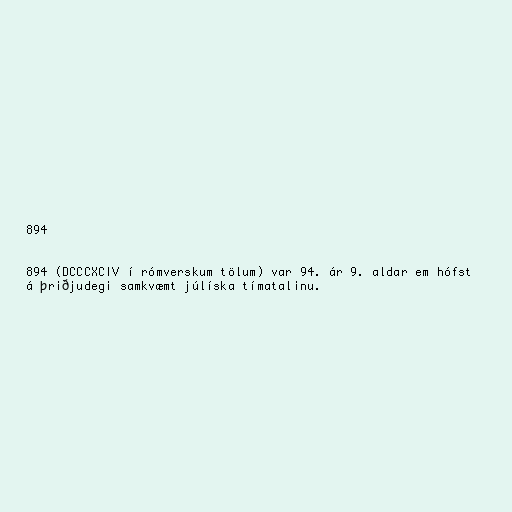
894

894 (DCCCXCIV í rómverskum tölum) var 94. ár 9. aldar em hófst
á þriðjudegi samkvæmt júlíska tímatalinu.